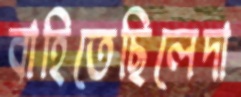
বাহিতেছিলেদা